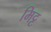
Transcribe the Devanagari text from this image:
मिट्ट